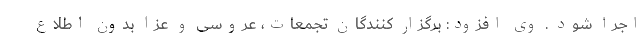
اجرا شود . وی افزود: برگزار کنندگان تجمعات، عروسی و عزا بدون اطلاع